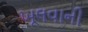
ખૂલવાની